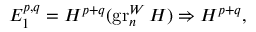
E _ { 1 } ^ { p , q } = H ^ { p + q } ( \operatorname { g r } _ { n } ^ { W } H ) \Rightarrow H ^ { p + q } ,